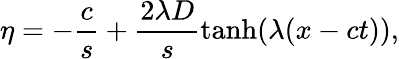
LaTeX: \eta=-\frac{c}{s}+\frac{2\lambda D}{s}\operatorname{tanh}(\lambda(x-ct)),